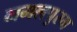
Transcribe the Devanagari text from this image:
नगलपुरम